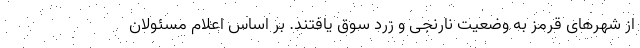
از شهرهای قرمز به وضعیت نارنجی و زرد سوق یافتند. بر اساس اعلام مسئولان